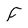
Character: F